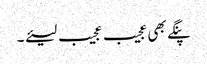
پنگے بھی عجیب عجیب لیئے ۔